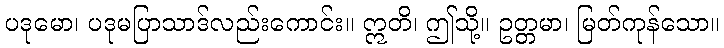
ပဒုမော၊ ပဒုမပြာသာဒ်လည်းကောင်း။ ဣတိ၊ ဤသို့။ ဥတ္တမာ၊ မြတ်ကုန်သော။